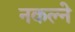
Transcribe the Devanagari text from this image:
नकल्ने